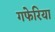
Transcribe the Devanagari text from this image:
गफेरिया